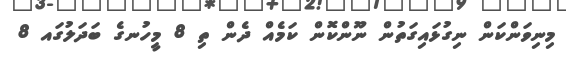
މިނިވަންކަން ނިގުޅައިގަތުން ނޫންކޮން ކަމެއް ދެން ތި 8 މީހުނގެ ބަދަލުގައ 8